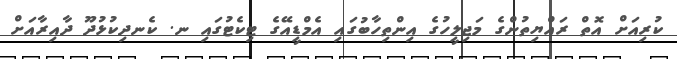
ކުރިއަށް އޮތް ރައްޔިތުންގެ މަޖިލީހުގެ އިންތިހާބުގައި އެމްޑީއޭގެ ޓިކެޓުގައި ނ. ކެނދިކުޅުދޫ ދާއިރާއަށް